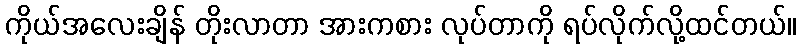
ကိုယ်အလေးချိန် တိုးလာတာ အားကစား လုပ်တာကို ရပ်လိုက်လို့ထင်တယ်။